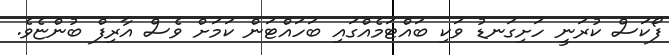
ފޯކަސް ކުރަނީ ހަށިގަނޑު ވަކި ބައްޓަމެއްގައި ބަހައްޓަން ކަމަށް ވެސް އާރިފް ބުންޏެވެ.